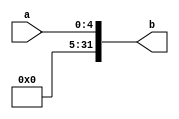
`timescale 1ns / 1ps
module ext5(
    input  [4:0]  a,
    output [31:0] b
    );
    assign b = {27'b0,a};
endmodule